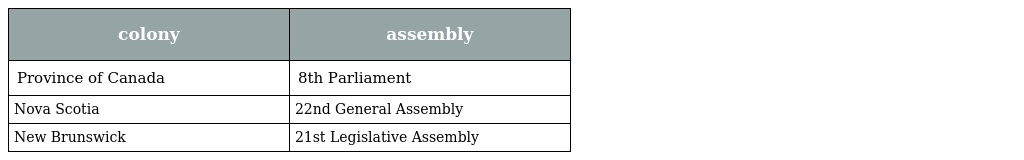
| colony | assembly |
 | --- | --- |
 | Province of Canada | 8th Parliament |
 | Nova Scotia | 22nd General Assembly |
 | New Brunswick | 21st Legislative Assembly |